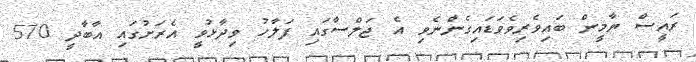
ރައީސް ޔާމީން ބައިވެރިވެވަޑައިގެންނެވި އެ ޖަލްސާގައި ފަލާހު ވިދާޅުވީ އެރަށުގައި އާބާދީ 570